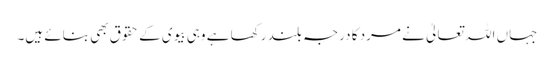
جہاں اللہ تعالیٰ نے مرد کا درجہ بلند رکھا ہے وہی بیوی کے حقوق بھی بنائے ہیں۔